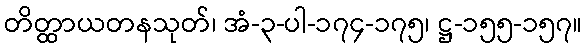
တိတ္ထာယတနသုတ်၊ အံ-၃-ပါ-၁၇၄-၁၇၅၊ ဋ္ဌ-၁၅၅-၁၅၇။